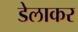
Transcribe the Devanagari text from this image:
डेलाकर